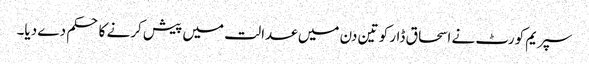
سپریم کورٹ نے اسحاق ڈار کو تین دن میں عدالت میں پیش کرنے کا حکم دے دیا۔